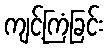
ကျင့်ကြံခြင်း